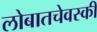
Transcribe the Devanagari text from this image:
लोबातचेवस्की